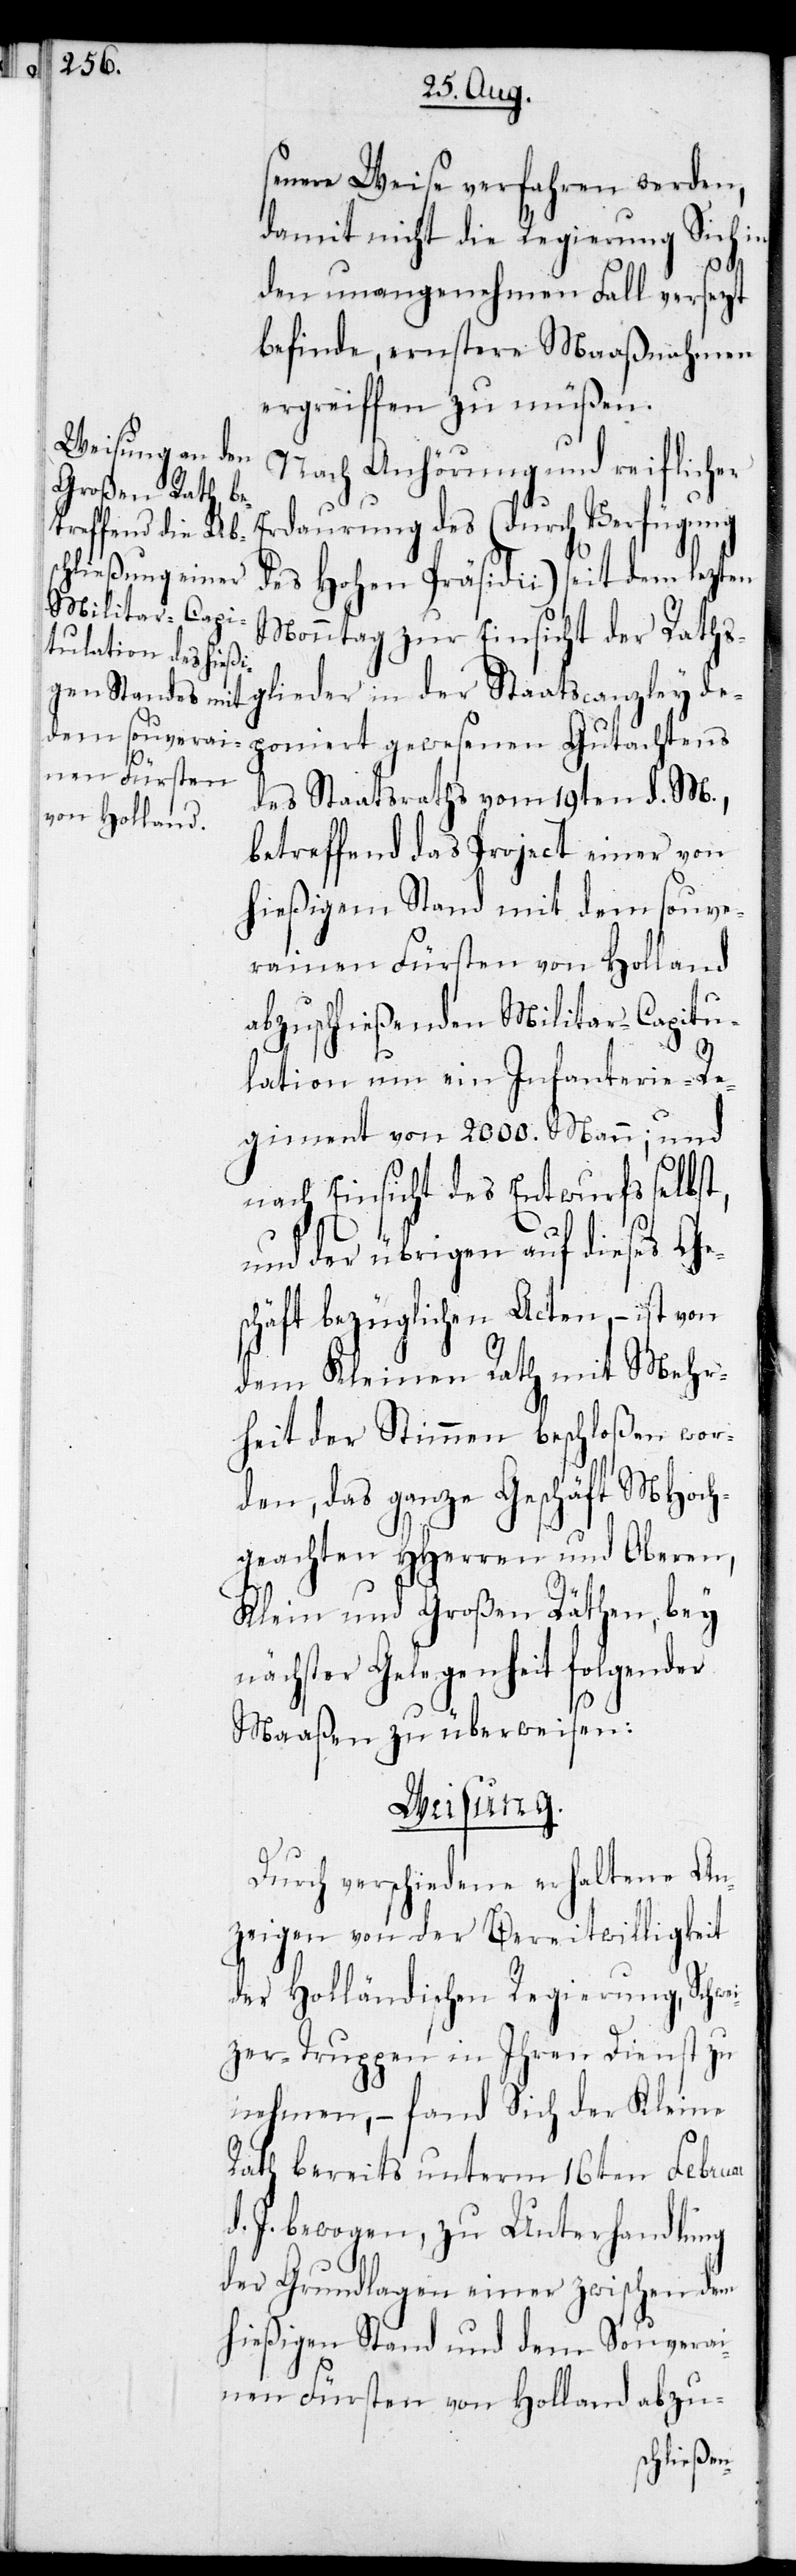
senere Weise verfahren werden,
damit nicht die Regierung Sich in
den unangenehmen Fall versezt
befinde, ernstere Maaßnahmen
ergreiffen zu müßen.
Nach Anhörung und reiflicher
Erdaurung des (durch Verfügung
des Hohen Präsidii) seit dem lezten
Monntag zur Einsicht der Raths¬
glieder in der Staatscanzley de¬
poniert gewesene Gutachtens
des Staatsraths vom 19ten d. M.,
betreffend das Project einer von
hießigem Stand mit dem souve¬
rainen Fürsten von Holland
abzuschließenden Militar-Capitu¬
lation um ein Infanterie-Re¬
giment von 2000. Mann; und
nach Einsicht des Entwurfs selbst,
und der übrigen auf dieses Ge¬
schäft bezüglichen Acten, – ist von
dem Kleinen Rath mit Mehr¬
heit der Stimmen beschloßen wor¬
den, das ganze Geschäft MHoch¬
geachten HHerren und Oberen,
Klein und Großen Räthen, bey
nächster Gelegenheit folgender
Maaßen zu überweisen:
Weisung.
Durch verschiedene erhaltene An¬
zeigen von der Bereitwilligkeit
der Holländischen Regierung, Schwe¬
izer-Truppen in ihren Dienst zu
nehmen, – fand sich der Kleine
Rath bereits unterm 16ten Februar
d .J. bewogen, zu Unterhandlung
der Grundlagen einer zwischen dem
hießigen Stand und dem Souverai¬
nen Fürsten von Holland abzu-